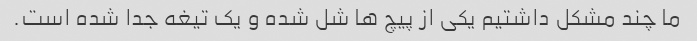
ما چند مشکل داشتیم یکی از پیچ ها شل شده و یک تیغه جدا شده است.